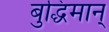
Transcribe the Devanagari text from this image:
बुद्धिमान्‌